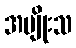
အမျိုးသ